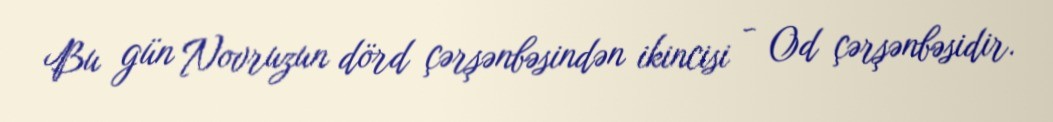
Bu gün Novruzun dörd çərşənbəsindən ikincisi - Od çərşənbəsidir.